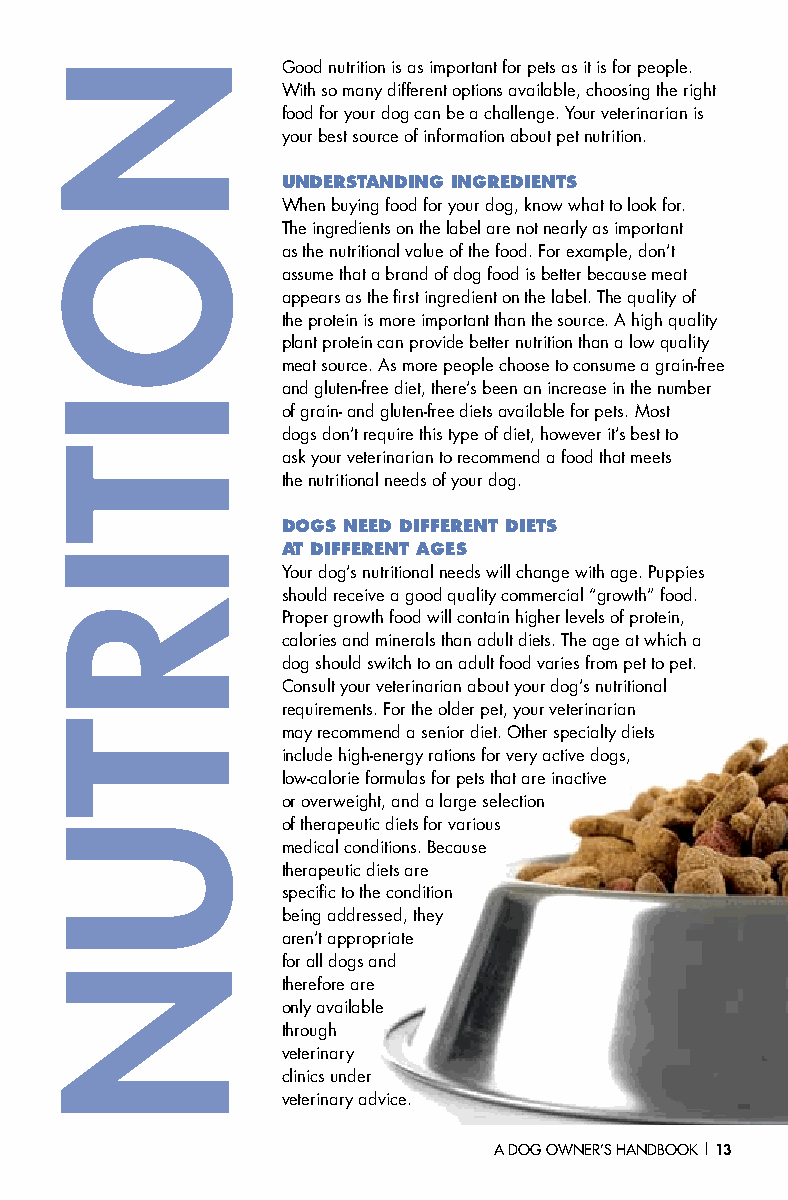
Good nutrition is as important for pets as it is for people.
 With so many different options available, choosing the right
 food for your dog can be a challenge. Your veterinarian is
 your best source of information about pet nutrition.
 UNDERSTANDING INGREDIENTS
 When buying food for your dog, know what to look for.
 The ingredients on the label are not nearly as important
 as the nutritional value of the food. For example, don’t
 assume that a brand of dog food is better because meat
 appears as the first ingredient on the label. The quality of
 the protein is more important than the source. A high quality
 plant protein can provide better nutrition than a low quality
 meat source. As more people choose to consume a grain-free
 and gluten-free diet, there’s been an increase in the number
 of grain- and gluten-free diets available for pets. Most
 dogs don’t require this type of diet, however it’s best to
 ask your veterinarian to recommend a food that meets
 the nutritional needs of your dog.
 DOGS NEED DIFFERENT DIETS
 AT DIFFERENT AGES
 Your dog’s nutritional needs will change with age. Puppies
 should receive a good quality commercial “growth” food.
 Proper growth food will contain higher levels of protein,
 calories and minerals than adult diets. The age at which a
 dog should switch to an adult food varies from pet to pet.
 Consult your veterinarian about your dog’s nutritional
 requirements. For the older pet, your veterinarian
 may recommend a senior diet. Other specialty diets
 include high-energy rations for very active dogs,
 low-calorie formulas for pets that are inactive
 or overweight, and a large selection
 of therapeutic diets for various
 medical conditions. Because
 therapeutic diets are
 specific to the condition
 being addressed, they
 aren’t appropriate
 for all dogs and
 therefore are
 only available
 through
 veterinary
 clinics under
 veterinary advice.
 AA DDOOGG OOWWNNEERR’’SS HHAANNDDBBOOOOKK || 1133
 NOITIRTUN